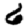
Digit: 6